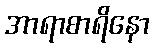
အာရာစာရိနော